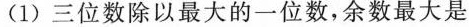
(1)三位数除以最大的一位数，余数最大是